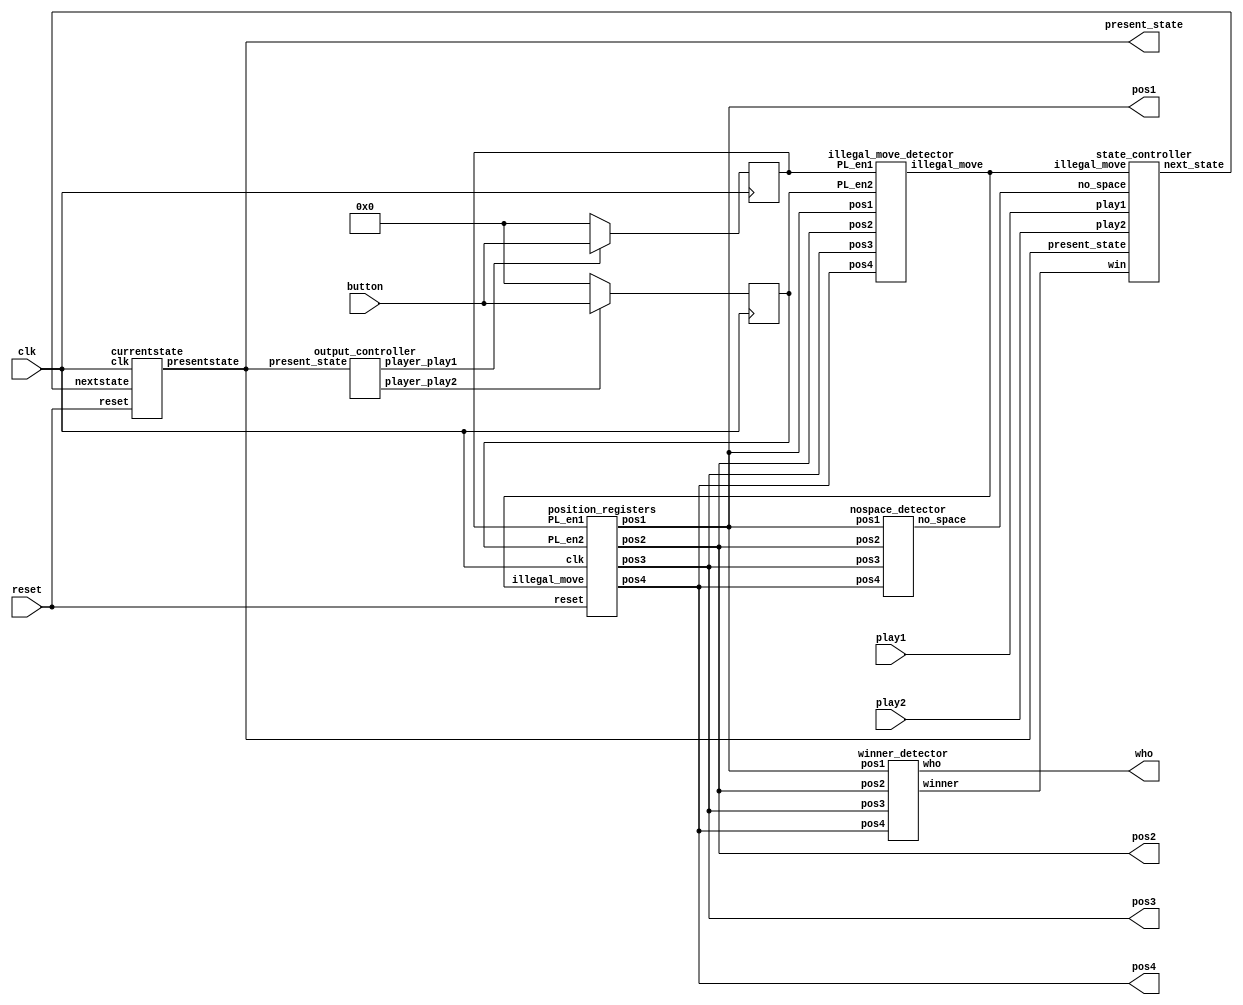
// cdineshrdy@gmail.com 
module tttg(
     input clk, // clock of the game 
     input reset, // reset button to reset the game 
     input play1, // play1 button to enable player to play 
     input play2, // play2 button to enable player 2 to play 
     input [3:0] button,
     output wire [1:0] pos1,pos2,pos3,
     pos4,
     output wire[1:0]who, present_state 
     );

	 reg [3:0] PL_en2;// player 2 enable signals 
	 reg [3:0] PL_en1; // Player enable signals 
	 wire illegal_move; // disable writing when an illegal move is detected 
	 wire win; // win signal 
	 wire player_play2; // player 2 enabling signal 
	 wire player_play1; // player enabling signal 
	 wire no_space; // no space signal 
	 wire [1:0] next_state ;
	 // position registers    
	 position_registers position_reg_unit(
	      clk, // clock of the game 
	      reset, // reset the game 
	      illegal_move, // disable writing when an illegal move is detected 
	      PL_en2[3:0], // player 2 enable signals 
	      PL_en1[3:0], // Player enable signals 
	      pos1,pos2,pos3,pos4// positions stored
	      );
	 // winner detector 
	 winner_detector win_detect_unit(pos1,pos2,pos3,pos4,win, who);
	 // position decoder for player 2 
	 always @ (posedge clk ) begin

		 PL_en2 <= (player_play2==1'b1) ?button: 4'b0;
		 PL_en1 <= (player_play1==1'b1) ?button: 4'b0;
	 end
	 
	 // illegal move detector
	 illegal_move_detector imd_unit(
	   pos1,pos2,pos3,pos4, 
	   PL_en2[3:0], PL_en1[3:0], 
	   illegal_move
	   );
	 // no space detector 
	nospace_detector nsd_unit(
	   pos1,pos2,pos3,pos4,
	   no_space
	    ); 

	currentstate cs (clk, next_state, present_state, reset);
	output_controller oc (present_state,player_play2, player_play1  );
	state_controller sc (play1,play2, illegal_move, no_space, win,present_state,next_state);
	
     endmodule

// to store player or computer positions 
// when enabling by the FSM controller 
module position_registers(
      input clk, // clock of the game 
      input reset, // reset the game 
      input illegal_move, // disable writing when an illegal move is detected 
      input [3:0] PL_en2, // player 2 enable signals 
      input [3:0] PL_en1, // Player enable signals 
      output reg[1:0] pos1,pos2,pos3,pos4// positions stored
      );
 	// Position 1 
		always @(posedge clk or posedge reset)
			begin
				if(reset) 
					pos1 <= 2'b00;
				else begin
					if(illegal_move==1'b1)
						pos1 <= pos1;// keep previous position
					else if(PL_en2[0]==1'b1)
						pos1 <= 2'b10; // store player 2 data 
					else if (PL_en1[0]==1'b1)
						pos1 <= 2'b01;// store player data 
					else 
						pos1 <= pos1;// keep previous position
				end 
			end 
		 // Position 2 
		always @(posedge clk or posedge reset)
			begin
				if(reset) 
					pos2 <= 2'b00;
				else begin
					if(illegal_move==1'b1)
						pos2 <= pos2;// keep previous position
					else if(PL_en2[1]==1'b1)
						pos2 <= 2'b10; // store player 2 data 
					else if (PL_en1[1]==1'b1)
						pos2 <= 2'b01;// store player data 
					else 
						pos2 <= pos2;// keep previous position
				end 
			end 
		// Position 3 
		always @(posedge clk or posedge reset)
			begin
			if(reset) 
				pos3 <= 2'b00;
			else begin
				if(illegal_move==1'b1)
					pos3 <= pos3;// keep previous position
				else if(PL_en2[2]==1'b1)
					pos3 <= 2'b10; // store player 2 data 
				else if (PL_en1[2]==1'b1)
					pos3 <= 2'b01;// store player data 
				else 
					pos3 <= pos3;// keep previous position
				end 
			end  
		// Position 4 
		always @(posedge clk or posedge reset)
			begin
				if(reset) 
					pos4 <= 2'b00;
				else begin
					if(illegal_move==1'b1)
						pos4 <= pos4;// keep previous position
					else if(PL_en2[3]==1'b1)
						pos4 <= 2'b10; // store player 2 data 
					else if (PL_en1[3]==1'b1)
						pos4 <= 2'b01;// store player data 
					else 
						pos4 <= pos4;// keep previous position
					end 
			end 
		endmodule 

module state_controller(
	input play1,play2, illegal_move, no_space, win,
	input [1:0] present_state,
	output reg [1:0] next_state
	);
	parameter IDLE=2'b00;
	parameter PLAYER1=2'b01;
	parameter PLAYER2=2'b10;
	parameter GAME_DONE=2'b11;

	always @(*) begin
		case(present_state)
			IDLE: begin
			if(no_space == 1 || win == 1 ) next_state <= GAME_DONE;
			else if (illegal_move == 1) next_state <= present_state;
			else if (play2 ==1 && play1 ==0) next_state <= PLAYER2;
			else if (play2 ==0 && play1 ==1) next_state <= PLAYER1;
			else next_state <= present_state;
			end	
			
			PLAYER1: begin
			if(no_space == 1 || win == 1 ) next_state <= GAME_DONE;
			else if (illegal_move == 1) next_state <= present_state;
			else if (play2 ==1 && play1 ==0) next_state <= PLAYER2;
			else if (play2 ==0 && play1 ==1) next_state <= PLAYER1;
			else next_state <= present_state;
			end	
			
			PLAYER2: begin
			if(no_space == 1 || win == 1 ) next_state <= GAME_DONE;
			else if (illegal_move == 1) next_state <= present_state;
			else if (play2 ==1 && play1 ==0) next_state <= PLAYER2;
			else if (play2 ==0 && play1 ==1) next_state <= PLAYER1;
			else next_state <= present_state;
			end	
			GAME_DONE: begin
			next_state <= present_state;
			end
		endcase
	end
	endmodule
module currentstate(clk, nextstate, presentstate, reset);
	input clk, reset;
	input [1:0] nextstate;
	output [1:0] presentstate;
	reg we;

	initial begin
	we =1;
	end
		
	reg1bit tow(we, presentstate[1], nextstate[1], clk, reset);
	reg1bit one(we, presentstate[0], nextstate[0], clk, reset);
	endmodule

module dflipflop(d, clk, reset, q );
	input clk, reset,d ;
	output q;
	reg q;
	initial begin q <=0;
	end
	always @(posedge clk or posedge reset)begin
		if(reset ==1'b1)
			q <= 0;
		else
			q = d;
	end
	endmodule

module reg1bit(writeEn, outbit, inbit, clk, reset);
	input writeEn, inbit, clk, reset;
	output outbit;
	wire in1, in2;
	and  and1(in1, writeEn, inbit);
	and and2(in2, ~writeEn, outbit);
	or  or1(d, in1, in2);
	dflipflop dff1(.d(d),.clk(clk),.reset(reset),.q(outbit));
	endmodule
module output_controller(
	input [1:0] present_state,	
     	output reg player_play2, // enable player 2 to play 
     	player_play1 // enable player to play 
	);
	parameter IDLE=2'b00;
	parameter PLAYER1=2'b01;
	parameter PLAYER2=2'b10;
	parameter GAME_DONE=2'b11;
	
	always @(present_state) begin
		case(present_state) 
			IDLE: begin
				player_play2 <= 0;
				player_play1 <= 0;
			end
			PLAYER1: begin
				player_play2 <= 0;
				player_play1 <= 1;
			end
			PLAYER2: begin
				player_play2 <= 1;
				player_play1 <= 0;
			end
			GAME_DONE: begin
				player_play2 <= 0;
				player_play1 <= 0;
			end
	
		endcase
	end

	endmodule

// to detect if no more spaces to play 
module nospace_detector(
   input [1:0] pos1,pos2,pos3,pos4,
   output wire no_space
    );
	wire temp1,temp2,temp3,temp4;
	// detect no more space     
	assign temp1 = pos1[1] | pos1[0];
	assign temp2 = pos2[1] | pos2[0];
	assign temp3 = pos3[1] | pos3[0];
	assign temp4 = pos4[1] | pos4[0];
	// output
	assign no_space =(((temp1 & temp2) & temp3) & temp4);
	endmodule 

// to detect if a player plays on an exist position 
module illegal_move_detector(
	input [1:0] pos1,pos2,pos3,pos4, 
	input [3:0] PL_en2, PL_en1, 
	output wire illegal_move
	);
	wire temp1,temp2,temp3,temp4;
	wire temp11,temp12,temp13,temp14;
	wire temp21,temp22;
	// player : illegal moving    
	assign temp1 = (pos1[1] | pos1[0]) & PL_en1[0];
	assign temp2 = (pos2[1] | pos2[0]) & PL_en1[1];
	assign temp3 = (pos3[1] | pos3[0]) & PL_en1[2];
	assign temp4 = (pos4[1] | pos4[0]) & PL_en1[3];
	// player 2 : illegal moving  
	assign temp11 = (pos1[1] | pos1[0]) & PL_en2[0];
	assign temp12 = (pos2[1] | pos2[0]) & PL_en2[1];
	assign temp13 = (pos3[1] | pos3[0]) & PL_en2[2];
	assign temp14 = (pos4[1] | pos4[0]) & PL_en2[3];
	// intermediate signals 
	assign temp21 =(((temp1 | temp2) | temp3) | temp4) ;
	assign temp22 =(((temp11 | temp12) | temp13) | temp14) ;
	// output illegal move 
	assign illegal_move = temp21 | temp22 ;
	endmodule 
// to detect who the winner is 
module winner_detector(input [1:0] pos1,pos2,pos3,pos4, output wire winner, output wire [1:0]who);
	wire win1,win2,win3,win4,win5,win6;
	wire [1:0] who1,who2,who3,who4,who5,who6;
	winner_detect_2 u1(pos1,pos2,win1,who1);// (1,2);
	winner_detect_2 u2(pos3,pos4,win2,who2);// (3,4);
	winner_detect_2 u3(pos1,pos3,win3,who3);// (1,3);
	winner_detect_2 u4(pos2,pos4,win4,who4);// (2,4);
	winner_detect_2 u5(pos1,pos4,win5,who5);// (1,4);
	winner_detect_2 u6(pos3,pos2,win6,who6);// (3,2);
	assign winner = (((((win1 | win2) | win3) | win4) | win5) | win6) ;
	assign who = (((((who1 | who2) | who3) | who4) | who5) | who6) ;
	endmodule

// Player: 01
// player 2: 10
module winner_detect_2(input [1:0] pos0,pos1, output wire winner, output wire [1:0]who);
	wire [1:0] temp0;
	wire temp3;
	assign temp0[1] = !(pos0[1]^pos1[1]);
	assign temp0[0] = !(pos0[0]^pos1[0]);
	assign temp3 = pos0[1] | pos0[0];
	assign winner = temp3 & temp0[1] & temp0[0];
	// determine who the winner is 
	assign who[1] = winner & pos0[1];
	assign who[0] = winner & pos0[0];
	endmodule